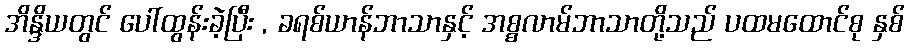
အိန္ဒိယတွင် ပေါ်ထွန်းခဲ့ပြီး , ခရစ်ယာန်ဘာသာနှင့် အစ္စလာမ်ဘာသာတို့သည် ပထမထောင်စု နှစ်